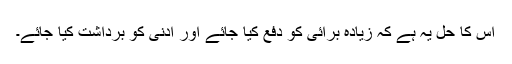
اس کا حل یہ ہے کہ زیادہ برائی کو دفع کیا جائے اور ادنیٰ کو برداشت کیا جائے۔